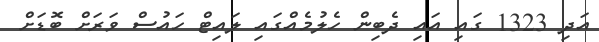
އަދި 1323 ގައި އައި ދެބިން ހެލުމެއްގައި ލައިޓް ހައުސް ވަރަށް ބޮޑަށް